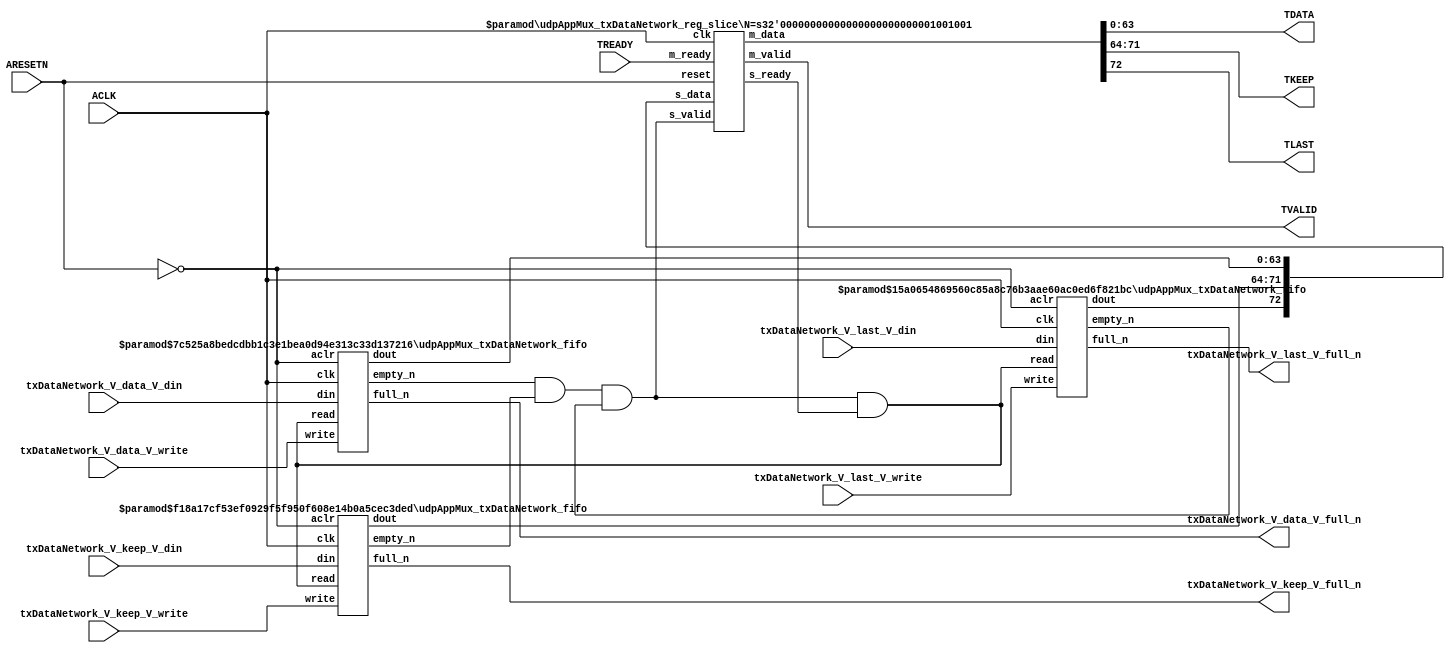
// ==============================================================
// File generated by Vivado(TM) HLS - High-Level Synthesis from C, C++ and SystemC
// Version: 2016.3
// Copyright (C) 1986-2016 Xilinx, Inc. All Rights Reserved.
// 
// ==============================================================


`timescale 1ns/1ps

module udpAppMux_txDataNetwork_if (
    // AXI4-Stream singals
    input  wire        ACLK,
    input  wire        ARESETN,
    output wire        TVALID,
    input  wire        TREADY,
    output wire [63:0] TDATA,
    output wire [7:0]  TKEEP,
    output wire [0:0]  TLAST,
    // User signals
    input  wire [63:0] txDataNetwork_V_data_V_din,
    output wire        txDataNetwork_V_data_V_full_n,
    input  wire        txDataNetwork_V_data_V_write,
    input  wire [7:0]  txDataNetwork_V_keep_V_din,
    output wire        txDataNetwork_V_keep_V_full_n,
    input  wire        txDataNetwork_V_keep_V_write,
    input  wire [0:0]  txDataNetwork_V_last_V_din,
    output wire        txDataNetwork_V_last_V_full_n,
    input  wire        txDataNetwork_V_last_V_write
);
//------------------------Local signal-------------------
// FIFO
wire [0:0]  fifo_read;
wire [0:0]  fifo_empty_n;
wire [63:0] txDataNetwork_V_data_V_dout;
wire [0:0]  txDataNetwork_V_data_V_empty_n;
wire [7:0]  txDataNetwork_V_keep_V_dout;
wire [0:0]  txDataNetwork_V_keep_V_empty_n;
wire [0:0]  txDataNetwork_V_last_V_dout;
wire [0:0]  txDataNetwork_V_last_V_empty_n;
// register slice
wire [0:0]  s_valid;
wire [0:0]  s_ready;
wire [72:0] s_data;
wire [0:0]  m_valid;
wire [0:0]  m_ready;
wire [72:0] m_data;

//------------------------Instantiation------------------
// rs
udpAppMux_txDataNetwork_reg_slice #(
    .N       ( 73 )
) rs (
    .clk     ( ACLK ),
    .reset   ( ARESETN ),
    .s_data  ( s_data ),
    .s_valid ( s_valid ),
    .s_ready ( s_ready ),
    .m_data  ( m_data ),
    .m_valid ( m_valid ),
    .m_ready ( m_ready )
);

// txDataNetwork_V_data_V_fifo
udpAppMux_txDataNetwork_fifo #(
    .DATA_BITS  ( 64 ),
    .DEPTH_BITS ( 4 )
) txDataNetwork_V_data_V_fifo (
    .clk        ( ACLK ),
    .aclr       ( ~ARESETN ),
    .empty_n    ( txDataNetwork_V_data_V_empty_n ),
    .full_n     ( txDataNetwork_V_data_V_full_n ),
    .read       ( fifo_read ),
    .write      ( txDataNetwork_V_data_V_write ),
    .dout       ( txDataNetwork_V_data_V_dout ),
    .din        ( txDataNetwork_V_data_V_din )
);

// txDataNetwork_V_keep_V_fifo
udpAppMux_txDataNetwork_fifo #(
    .DATA_BITS  ( 8 ),
    .DEPTH_BITS ( 4 )
) txDataNetwork_V_keep_V_fifo (
    .clk        ( ACLK ),
    .aclr       ( ~ARESETN ),
    .empty_n    ( txDataNetwork_V_keep_V_empty_n ),
    .full_n     ( txDataNetwork_V_keep_V_full_n ),
    .read       ( fifo_read ),
    .write      ( txDataNetwork_V_keep_V_write ),
    .dout       ( txDataNetwork_V_keep_V_dout ),
    .din        ( txDataNetwork_V_keep_V_din )
);

// txDataNetwork_V_last_V_fifo
udpAppMux_txDataNetwork_fifo #(
    .DATA_BITS  ( 1 ),
    .DEPTH_BITS ( 4 )
) txDataNetwork_V_last_V_fifo (
    .clk        ( ACLK ),
    .aclr       ( ~ARESETN ),
    .empty_n    ( txDataNetwork_V_last_V_empty_n ),
    .full_n     ( txDataNetwork_V_last_V_full_n ),
    .read       ( fifo_read ),
    .write      ( txDataNetwork_V_last_V_write ),
    .dout       ( txDataNetwork_V_last_V_dout ),
    .din        ( txDataNetwork_V_last_V_din )
);

//------------------------Body---------------------------
//++++++++++++++++++++++++AXI4-Stream++++++++++++++++++++
assign TVALID = m_valid;
assign TDATA  = m_data[63:0];
assign TKEEP  = m_data[71:64];
assign TLAST  = m_data[72:72];

//+++++++++++++++++++++++++++++++++++++++++++++++++++++++

//++++++++++++++++++++++++Reigister Slice++++++++++++++++
assign s_valid = fifo_empty_n;
assign m_ready = TREADY;
assign s_data  = {txDataNetwork_V_last_V_dout, txDataNetwork_V_keep_V_dout, txDataNetwork_V_data_V_dout};

//+++++++++++++++++++++++++++++++++++++++++++++++++++++++

//++++++++++++++++++++++++FIFO+++++++++++++++++++++++++++
assign fifo_read    = fifo_empty_n & s_ready;
assign fifo_empty_n = txDataNetwork_V_data_V_empty_n & txDataNetwork_V_keep_V_empty_n & txDataNetwork_V_last_V_empty_n;

//+++++++++++++++++++++++++++++++++++++++++++++++++++++++

endmodule



`timescale 1ns/1ps

module udpAppMux_txDataNetwork_fifo
#(parameter
    DATA_BITS  = 8,
    DEPTH_BITS = 4
)(
    input  wire                 clk,
    input  wire                 aclr,
    output wire                 empty_n,
    output wire                 full_n,
    input  wire                 read,
    input  wire                 write,
    output wire [DATA_BITS-1:0] dout,
    input  wire [DATA_BITS-1:0] din
);
//------------------------Parameter----------------------
localparam
    DEPTH = 1 << DEPTH_BITS;
//------------------------Local signal-------------------
reg                   empty;
reg                   full;
reg  [DEPTH_BITS-1:0] index;
reg  [DATA_BITS-1:0]  mem[0:DEPTH-1];
//------------------------Body---------------------------
assign empty_n = ~empty;
assign full_n  = ~full;
assign dout    = mem[index];

// empty
always @(posedge clk or posedge aclr) begin
    if (aclr)
        empty <= 1'b1;
    else if (empty & write & ~read)
        empty <= 1'b0;
    else if (~empty & ~write & read & (index==1'b0))
        empty <= 1'b1;
end

// full
always @(posedge clk or posedge aclr) begin
    if (aclr)
        full <= 1'b0;
    else if (full & read & ~write)
        full <= 1'b0;
    else if (~full & ~read & write & (index==DEPTH-2'd2))
        full <= 1'b1;
end

// index
always @(posedge clk or posedge aclr) begin
    if (aclr)
        index <= {DEPTH_BITS{1'b1}};
    else if (~empty & ~write & read)
        index <= index - 1'b1;
    else if (~full & ~read & write)
        index <= index + 1'b1;
end

// mem
always @(posedge clk) begin
    if (~full & write) mem[0] <= din;
end

genvar i;
generate
    for (i = 1; i < DEPTH; i = i + 1) begin : gen_sr
        always @(posedge clk) begin
            if (~full & write) mem[i] <= mem[i-1];
        end
    end
endgenerate

endmodule

`timescale 1ns/1ps

module udpAppMux_txDataNetwork_reg_slice
#(parameter
    N = 8   // data width
) (
    // system signals
    input  wire         clk,
    input  wire         reset,
    // slave side
    input  wire [N-1:0] s_data,
    input  wire         s_valid,
    output wire         s_ready,
    // master side
    output wire [N-1:0] m_data,
    output wire         m_valid,
    input  wire         m_ready
);
//------------------------Parameter----------------------
// state
localparam [1:0]
    ZERO = 2'b10,
    ONE  = 2'b11,
    TWO  = 2'b01;
//------------------------Local signal-------------------
reg  [N-1:0] data_p1;
reg  [N-1:0] data_p2;
wire         load_p1;
wire         load_p2;
wire         load_p1_from_p2;
reg          s_ready_t;
reg  [1:0]   state;
reg  [1:0]   next;
//------------------------Body---------------------------
assign s_ready = s_ready_t;
assign m_data  = data_p1;
assign m_valid = state[0];

assign load_p1 = (state == ZERO && s_valid) ||
                 (state == ONE && s_valid && m_ready) ||
                 (state == TWO && m_ready);
assign load_p2 = s_valid & s_ready;
assign load_p1_from_p2 = (state == TWO);

// data_p1
always @(posedge clk) begin
    if (load_p1) begin
        if (load_p1_from_p2)
            data_p1 <= data_p2;
        else
            data_p1 <= s_data;
    end
end

// data_p2
always @(posedge clk) begin
    if (load_p2) data_p2 <= s_data;
end

// s_ready_t
always @(posedge clk) begin
    if (~reset)
        s_ready_t <= 1'b0;
    else if (state == ZERO)
        s_ready_t <= 1'b1;
    else if (state == ONE && next == TWO)
        s_ready_t <= 1'b0;
    else if (state == TWO && next == ONE)
        s_ready_t <= 1'b1;
end

// state
always @(posedge clk) begin
    if (~reset)
        state <= ZERO;
    else
        state <= next;
end

// next
always @(*) begin
    case (state)
        ZERO:
            if (s_valid & s_ready)
                next = ONE;
            else
                next = ZERO;
        ONE:
            if (~s_valid & m_ready)
                next = ZERO;
            else if (s_valid & ~m_ready)
                next = TWO;
            else
                next = ONE;
        TWO:
            if (m_ready)
                next = ONE;
            else
                next = TWO;
        default:
            next = ZERO;
    endcase
end

endmodule